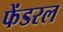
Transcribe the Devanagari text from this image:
फेंडरल